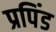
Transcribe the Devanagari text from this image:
प्रपिंड